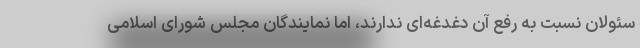
سئولان نسبت به رفع آن دغدغه‌ای ندارند، اما نمایندگان مجلس شورای اسلامی